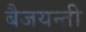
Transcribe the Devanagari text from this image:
बैजयन्‍ती